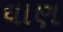
ઘાણ